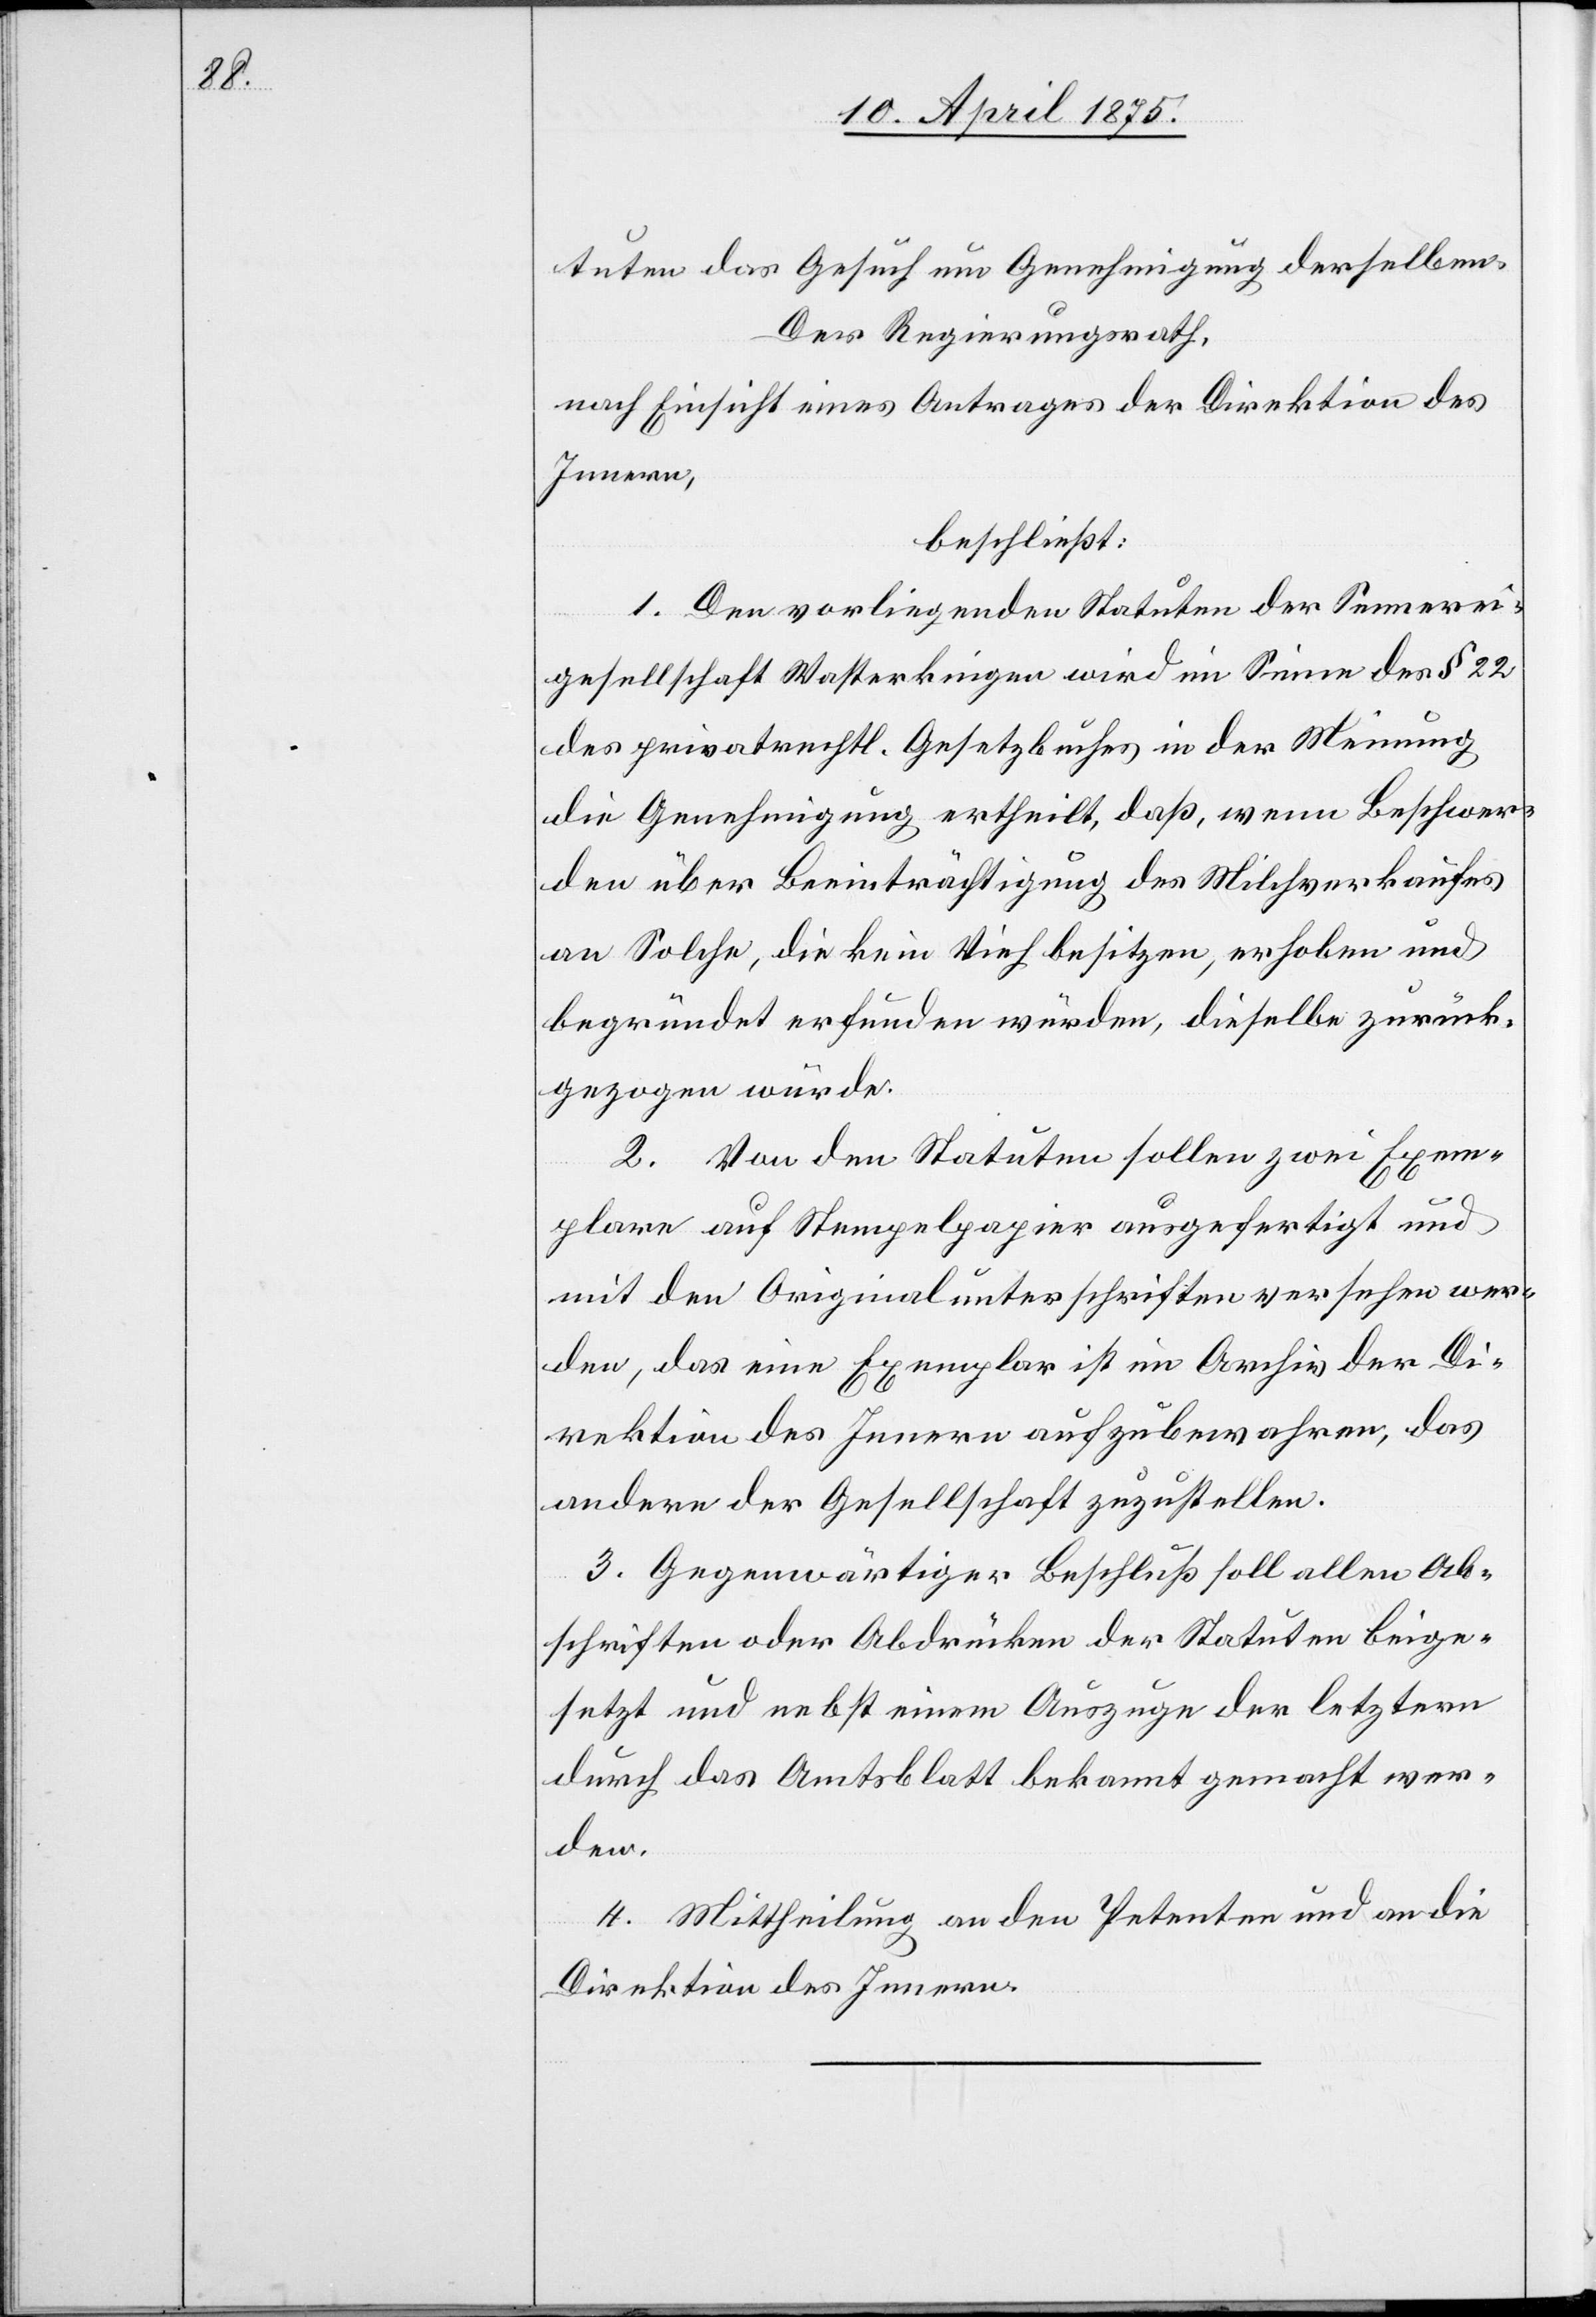
tuten das Gesuch um Genehmigung derselben.
Regierungsrath,
beschließt:
1. Den vorliegenden Statuten der Sennerei¬
gesellschaft Wasterkingen wird im Sinne des § 22
des privatrechtl. Gesetzbuches in der Meinung
die Genehmigung ertheilt, daß, wenn Beschwer¬
den über Beeinträchtigung des Milchverkaufes
an Solche, die kein Vieh besitzen, erhoben und
begründet erfunden würden, dieselbe zurück¬
gezogen würde.
2. Von den Statuten sollen zwei Exem¬
plare auf Stempelpapier ausgefertigt und
mit den Originalunterschriften versehen wer¬
den, das eine Exemplar ist im Archiv der Di¬
rektion des Innern aufzubewahren, das
andere der Gesellschaft zuzustellen.
3. Gegenwärtiger Beschluß soll allen Ab¬
schriften oder Abdrucken der Statuten beige¬
setzt und nebst einem Auszuge der letztern
durch das Amtsblatt bekannt gemacht wer¬
den.
4. Mittheilung an den Pendenten und an die
Direktion des Innern.